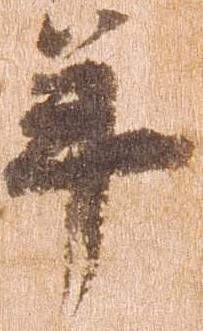
年